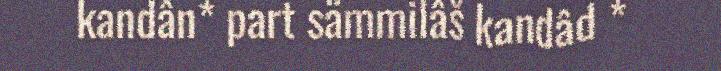
kandân* part sämmilâš kandâd *